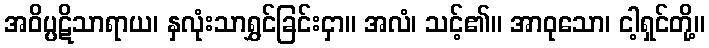
အဝိပ္ပဋိသာရာယ၊ နှလုံးသာရွှင်ခြင်းငှာ။ အလံ၊ သင့်၏။ အာဝုသော၊ ငါ့ရှင်တို့။